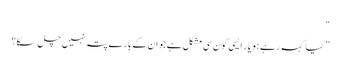
“
” کیا کہہ رہے ہو یار ایسی کون سی مشکل ہے جو ان کے بارے پتہ نہیں چل سکا؟